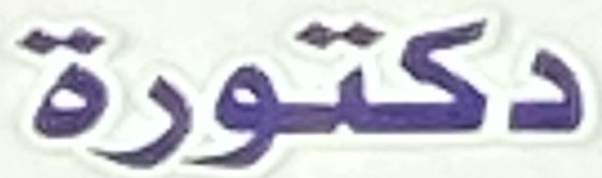
دكتورة